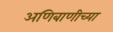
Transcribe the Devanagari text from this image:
अणिबाणीच्या